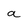
Character: a